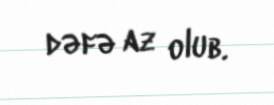
dəfə az olub.